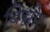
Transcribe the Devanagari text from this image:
बिग्नोर